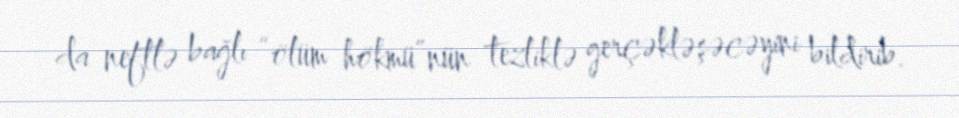
da neftlə bağlı “ölüm hökmü”nün tezliklə gerçəkləşəcəyini bildirib.